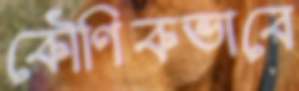
কৌণিকভাবে